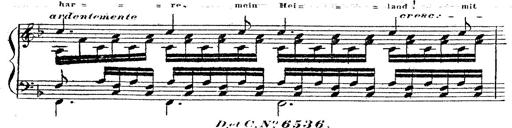
Title: 12 Lieder von Franz Schubert
Composer: Franz Liszt